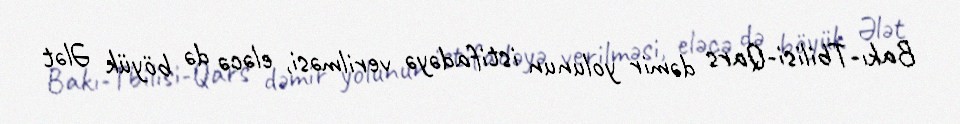
Bakı-Tbilisi-Qars dəmir yolunun istifadəyə verilməsi, eləcə də böyük Ələt